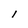
Character: l